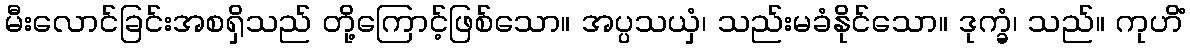
မီးလောင်ခြင်းအစရှိသည် တို့ကြောင့်ဖြစ်သော။ အပ္ပသယှံ၊ သည်းမခံနိုင်သော။ ဒုက္ခံ၊ သည်။ ကုဟိံ